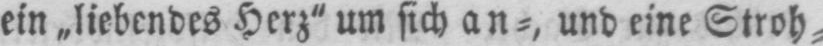
ein „liebendes Herz” um sich an⸗, und eine Stroh⸗